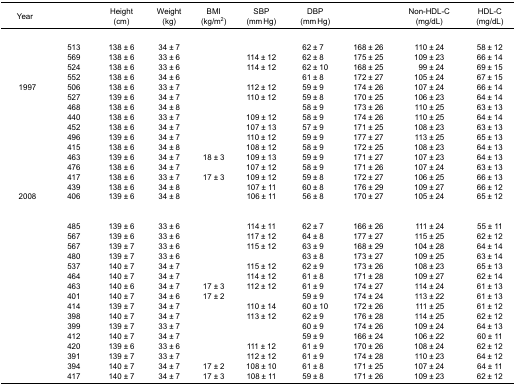
<table><thead><tr><td><b>Year</b></td><td>[EMPTY_CELL]</td><td><b>Height(cm)</b></td><td><b>Weight(kg)</b></td><td><b>BMI(kg/m<sup>2</sup>)</b></td><td><b>SBP(mm Hg)</b></td><td><b>DBP(mm Hg)</b></td><td>[EMPTY_CELL]</td><td><b>Non-HDL-C(mg/dL)</b></td><td><b>HDL-C(mg/dL)</b></td></tr></thead><tbody><tr><td>[EMPTY_CELL]</td><td>[EMPTY_CELL]</td><td>[EMPTY_CELL]</td><td>[EMPTY_CELL]</td><td>[EMPTY_CELL]</td><td>[EMPTY_CELL]</td><td>[EMPTY_CELL]</td><td>[EMPTY_CELL]</td><td>[EMPTY_CELL]</td><td>[EMPTY_CELL]</td></tr><tr><td>[EMPTY_CELL]</td><td>513</td><td>138 ± 6</td><td>34 ± 7</td><td>[EMPTY_CELL]</td><td>[EMPTY_CELL]</td><td>62 ± 7</td><td>168 ± 26</td><td>110 ± 24</td><td>58 ± 12</td></tr><tr><td>[EMPTY_CELL]</td><td>569</td><td>138 ± 6</td><td>33 ± 6</td><td>[EMPTY_CELL]</td><td>114 ± 12</td><td>62 ± 8</td><td>175 ± 25</td><td>109 ± 23</td><td>66 ± 14</td></tr><tr><td>[EMPTY_CELL]</td><td>524</td><td>138 ± 6</td><td>33 ± 6</td><td>[EMPTY_CELL]</td><td>114 ± 12</td><td>62 ± 10</td><td>168 ± 25</td><td>99 ± 24</td><td>69 ± 15</td></tr><tr><td>[EMPTY_CELL]</td><td>552</td><td>138 ± 6</td><td>34 ± 6</td><td>[EMPTY_CELL]</td><td>[EMPTY_CELL]</td><td>61 ± 8</td><td>172 ± 27</td><td>105 ± 24</td><td>67 ± 15</td></tr><tr><td> 1997</td><td>506</td><td>138 ± 6</td><td>33 ± 7</td><td>[EMPTY_CELL]</td><td>112 ± 12</td><td>59 ± 9</td><td>174 ± 26</td><td>107 ± 24</td><td>66 ± 14</td></tr><tr><td>[EMPTY_CELL]</td><td>527</td><td>139 ± 6</td><td>34 ± 7</td><td>[EMPTY_CELL]</td><td>110 ± 12</td><td>59 ± 8</td><td>170 ± 25</td><td>106 ± 23</td><td>64 ± 14</td></tr><tr><td>[EMPTY_CELL]</td><td>468</td><td>138 ± 6</td><td>34 ± 8</td><td>[EMPTY_CELL]</td><td>[EMPTY_CELL]</td><td>58 ± 9</td><td>173 ± 26</td><td>110 ± 25</td><td>63 ± 13</td></tr><tr><td>[EMPTY_CELL]</td><td>440</td><td>138 ± 6</td><td>33 ± 7</td><td>[EMPTY_CELL]</td><td>109 ± 12</td><td>58 ± 9</td><td>174 ± 26</td><td>110 ± 25</td><td>64 ± 14</td></tr><tr><td>[EMPTY_CELL]</td><td>452</td><td>138 ± 6</td><td>34 ± 7</td><td>[EMPTY_CELL]</td><td>107 ± 13</td><td>57 ± 9</td><td>171 ± 25</td><td>108 ± 23</td><td>63 ± 13</td></tr><tr><td>[EMPTY_CELL]</td><td>496</td><td>139 ± 6</td><td>34 ± 7</td><td>[EMPTY_CELL]</td><td>110 ± 12</td><td>59 ± 9</td><td>177 ± 27</td><td>113 ± 25</td><td>65 ± 13</td></tr><tr><td>[EMPTY_CELL]</td><td>415</td><td>138 ± 6</td><td>34 ± 8</td><td>[EMPTY_CELL]</td><td>108 ± 12</td><td>58 ± 9</td><td>172 ± 25</td><td>108 ± 23</td><td>64 ± 13</td></tr><tr><td>[EMPTY_CELL]</td><td>463</td><td>139 ± 6</td><td>34 ± 7</td><td>18 ± 3</td><td>109 ± 13</td><td>59 ± 9</td><td>171 ± 27</td><td>107 ± 23</td><td>64 ± 13</td></tr><tr><td>[EMPTY_CELL]</td><td>476</td><td>138 ± 6</td><td>34 ± 7</td><td>[EMPTY_CELL]</td><td>107 ± 12</td><td>58 ± 9</td><td>171 ± 26</td><td>107 ± 24</td><td>63 ± 13</td></tr><tr><td>[EMPTY_CELL]</td><td>417</td><td>138 ± 6</td><td>33 ± 7</td><td>17 ± 3</td><td>109 ± 12</td><td>59 ± 8</td><td>172 ± 27</td><td>106 ± 25</td><td>66 ± 13</td></tr><tr><td>[EMPTY_CELL]</td><td>439</td><td>138 ± 6</td><td>34 ± 8</td><td>[EMPTY_CELL]</td><td>107 ± 11</td><td>60 ± 8</td><td>176 ± 29</td><td>109 ± 27</td><td>66 ± 12</td></tr><tr><td> 2008</td><td>406</td><td>139 ± 6</td><td>34 ± 8</td><td>[EMPTY_CELL]</td><td>106 ± 11</td><td>56 ± 8</td><td>170 ± 27</td><td>105 ± 24</td><td>65 ± 12</td></tr><tr><td colspan="10">[EMPTY_CELL]</td></tr><tr><td>[EMPTY_CELL]</td><td>[EMPTY_CELL]</td><td>[EMPTY_CELL]</td><td>[EMPTY_CELL]</td><td>[EMPTY_CELL]</td><td>[EMPTY_CELL]</td><td>[EMPTY_CELL]</td><td>[EMPTY_CELL]</td><td>[EMPTY_CELL]</td><td>[EMPTY_CELL]</td></tr><tr><td>[EMPTY_CELL]</td><td>485</td><td>139 ± 6</td><td>33 ± 6</td><td>[EMPTY_CELL]</td><td>114 ± 11</td><td>62 ± 7</td><td>166 ± 26</td><td>111 ± 24</td><td>55 ± 11</td></tr><tr><td>[EMPTY_CELL]</td><td>567</td><td>139 ± 6</td><td>33 ± 6</td><td>[EMPTY_CELL]</td><td>117 ± 12</td><td>64 ± 8</td><td>177 ± 27</td><td>115 ± 25</td><td>62 ± 12</td></tr><tr><td>[EMPTY_CELL]</td><td>567</td><td>139 ± 7</td><td>33 ± 6</td><td>[EMPTY_CELL]</td><td>115 ± 12</td><td>63 ± 9</td><td>168 ± 29</td><td>104 ± 28</td><td>64 ± 14</td></tr><tr><td>[EMPTY_CELL]</td><td>480</td><td>139 ± 7</td><td>33 ± 6</td><td>[EMPTY_CELL]</td><td>[EMPTY_CELL]</td><td>63 ± 8</td><td>173 ± 27</td><td>109 ± 25</td><td>63 ± 14</td></tr><tr><td>[EMPTY_CELL]</td><td>537</td><td>140 ± 7</td><td>34 ± 7</td><td>[EMPTY_CELL]</td><td>115 ± 12</td><td>62 ± 9</td><td>173 ± 26</td><td>108 ± 23</td><td>65 ± 13</td></tr><tr><td>[EMPTY_CELL]</td><td>464</td><td>140 ± 7</td><td>34 ± 7</td><td>[EMPTY_CELL]</td><td>114 ± 12</td><td>61 ± 8</td><td>171 ± 28</td><td>109 ± 27</td><td>62 ± 14</td></tr><tr><td>[EMPTY_CELL]</td><td>463</td><td>140 ± 6</td><td>34 ± 7</td><td>17 ± 3</td><td>112 ± 12</td><td>61 ± 9</td><td>174 ± 27</td><td>114 ± 24</td><td>61 ± 13</td></tr><tr><td>[EMPTY_CELL]</td><td>401</td><td>140 ± 7</td><td>34 ± 6</td><td>17 ± 2</td><td>[EMPTY_CELL]</td><td>59 ± 9</td><td>174 ± 24</td><td>113 ± 22</td><td>61 ± 13</td></tr><tr><td>[EMPTY_CELL]</td><td>414</td><td>139 ± 7</td><td>34 ± 7</td><td>[EMPTY_CELL]</td><td>110 ± 14</td><td>60 ± 10</td><td>172 ± 26</td><td>111 ± 25</td><td>61 ± 12</td></tr><tr><td>[EMPTY_CELL]</td><td>398</td><td>140 ± 7</td><td>34 ± 7</td><td>[EMPTY_CELL]</td><td>113 ± 12</td><td>62 ± 9</td><td>176 ± 28</td><td>114 ± 25</td><td>62 ± 12</td></tr><tr><td>[EMPTY_CELL]</td><td>399</td><td>139 ± 7</td><td>33 ± 7</td><td>[EMPTY_CELL]</td><td>[EMPTY_CELL]</td><td>60 ± 9</td><td>174 ± 26</td><td>109 ± 24</td><td>64 ± 13</td></tr><tr><td>[EMPTY_CELL]</td><td>412</td><td>140 ± 7</td><td>34 ± 7</td><td>[EMPTY_CELL]</td><td>[EMPTY_CELL]</td><td>59 ± 9</td><td>166 ± 24</td><td>106 ± 22</td><td>60 ± 11</td></tr><tr><td>[EMPTY_CELL]</td><td>420</td><td>139 ± 6</td><td>33 ± 6</td><td>[EMPTY_CELL]</td><td>111 ± 12</td><td>61 ± 9</td><td>170 ± 26</td><td>108 ± 24</td><td>62 ± 12</td></tr><tr><td>[EMPTY_CELL]</td><td>391</td><td>139 ± 7</td><td>33 ± 7</td><td>[EMPTY_CELL]</td><td>112 ± 12</td><td>61 ± 9</td><td>174 ± 28</td><td>110 ± 23</td><td>64 ± 12</td></tr><tr><td>[EMPTY_CELL]</td><td>394</td><td>140 ± 7</td><td>34 ± 7</td><td>17 ± 2</td><td>108 ± 10</td><td>61 ± 8</td><td>171 ± 25</td><td>107 ± 24</td><td>64 ± 11</td></tr><tr><td>[EMPTY_CELL]</td><td>417</td><td>140 ± 7</td><td>34 ± 7</td><td>17 ± 3</td><td>108 ± 11</td><td>59 ± 8</td><td>171 ± 26</td><td>109 ± 23</td><td>62 ± 12</td></tr></tbody></table>